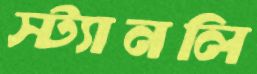
স্ট্যানলি